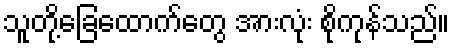
သူတို့ခြေထောက်တွေ အားလုံး စိုကုန်သည်။